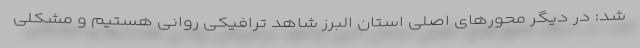
شد: در دیگر محورهای اصلی استان البرز شاهد ترافیکی روانی هستیم و مشکلی